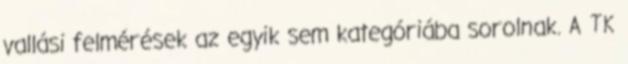
vallási felmérések az egyik sem kategóriába sorolnak. A TK